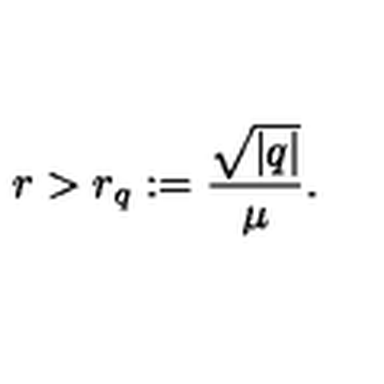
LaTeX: r > r _ { q } : = \frac { \sqrt { | q | } } { \mu } .